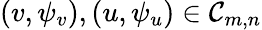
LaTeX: (v,\psi_{v}),(u,\psi_{u})\in\mathcal C_{m,n}